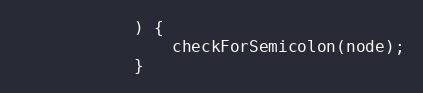
Language: JavaScript
            ) {
                checkForSemicolon(node);
            }